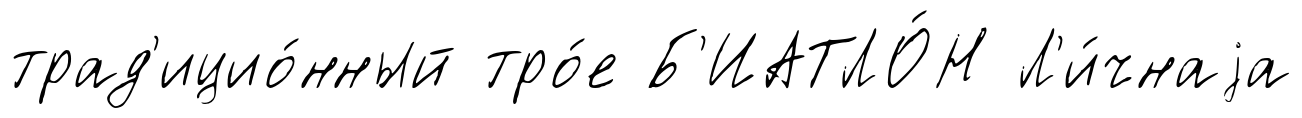
трад'ицио́нный тро́е Б'ИАТЛО́Н Л'и́чнаjа